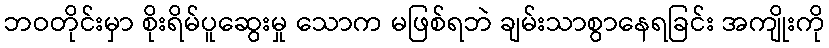
ဘဝတိုင်းမှာ စိုးရိမ်ပူဆွေးမှု သောက မဖြစ်ရဘဲ ချမ်းသာစွာနေရခြင်း အကျိုးကို